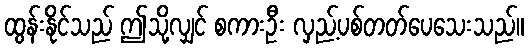
ထွန်းနိုင်သည် ဤသို့လျှင် စကားဦး လှည့်ပစ်တတ်ပေသေးသည်။